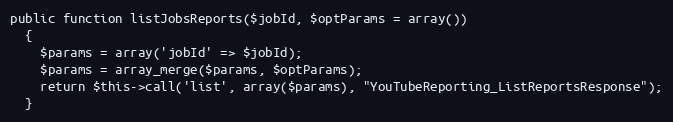
Language: PHP
public function listJobsReports($jobId, $optParams = array())
  {
    $params = array('jobId' => $jobId);
    $params = array_merge($params, $optParams);
    return $this->call('list', array($params), "YouTubeReporting_ListReportsResponse");
  }